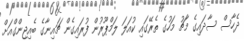
ދެހާސް ސާދައިގެ މާޗު މަހުގެ ތެރޭގައި ކުއަލަ ލަމްޕޫރުން ފުރައިގެން ޗައިނާގެ ބެއިޖިންގްއަށް